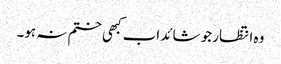
وہ انتظار جو شائد اب کبھی ختم نہ ہو۔